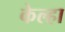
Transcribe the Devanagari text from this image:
केल्हा